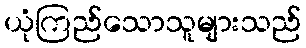
ယုံကြည်သောသူများသည်